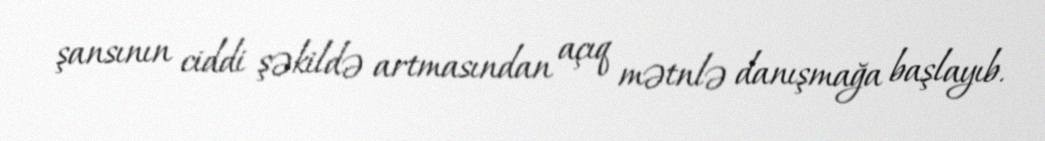
şansının ciddi şəkildə artmasından açıq mətnlə danışmağa başlayıb.